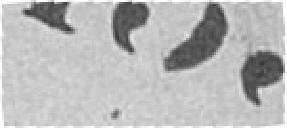
135